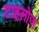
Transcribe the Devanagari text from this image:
टाइलोज